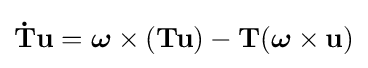
\mathbf {\dot {T}} \mathbf {u} ={\boldsymbol {\omega }}\times (\mathbf {T} \mathbf {u} )-\mathbf {T} ({\boldsymbol {\omega }}\times \mathbf {u} )